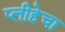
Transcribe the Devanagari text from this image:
प्लीहेचा